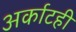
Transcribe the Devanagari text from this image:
अर्काटही